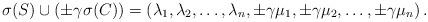
LaTeX: \begin{align*}\sigma(S)\cup \left(\pm \gamma \sigma(C)\right)=\left( \lambda_{1},\lambda_{2},\ldots,\lambda_{n},\pm \gamma \mu_{1},\pm \gamma \mu_{2},\ldots, \pm \gamma \mu_{n}\right).\end{align*}